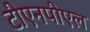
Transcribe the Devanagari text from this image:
टीएनपीएल